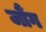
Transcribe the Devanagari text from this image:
जौंग